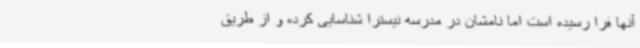
آنها فرا رسیده است اما نامشان در مدرسه نیسترا شناسایی کرده و از طریق